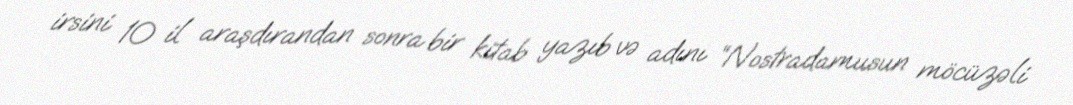
irsini 10 il araşdırandan sonra bir kitab yazıb və adını “Nostradamusun möcüzəli